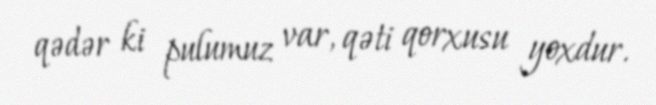
qədər ki pulumuz var, qəti qorxusu yoxdur.